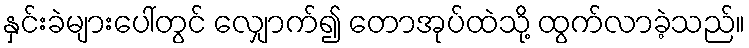
နှင်းခဲများပေါ်တွင် လျှောက်၍ တောအုပ်ထဲသို့ ထွက်လာခဲ့သည်။